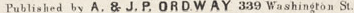
Published by A. & J.P. ORDWAY 339 Washington St.